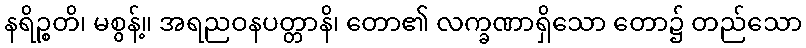
နရိဉ္စတိ၊ မစွန့်။ အရညဝနပတ္တာနိ၊ တော၏ လက္ခဏာရှိသော တော၌ တည်သော